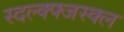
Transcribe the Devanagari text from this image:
स्दल्क्फ्जस्क्ल